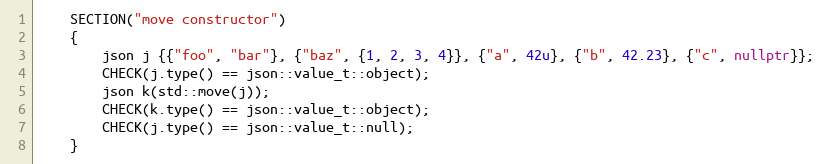
Language: C++
    SECTION("move constructor")
    {
        json j {{"foo", "bar"}, {"baz", {1, 2, 3, 4}}, {"a", 42u}, {"b", 42.23}, {"c", nullptr}};
        CHECK(j.type() == json::value_t::object);
        json k(std::move(j));
        CHECK(k.type() == json::value_t::object);
        CHECK(j.type() == json::value_t::null);
    }